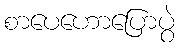
စာပေဟောပြောပွဲ